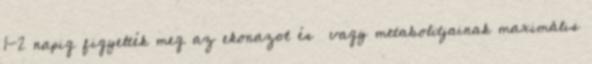
1-2 napig figyelték meg az ekonazol és vagy metabolitjainak maximális